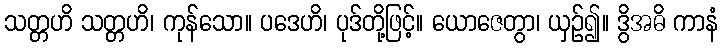
သတ္တဟိ သတ္တဟိ၊ ကုန်သော။ ပဒေဟိ၊ ပုဒ်တို့ဖြင့်။ ယောဇေတွာ၊ ယှဉ်၍။ ဒွိအဓိ ကာနံ